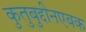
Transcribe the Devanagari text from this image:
कुतुबुद्दीनएबक